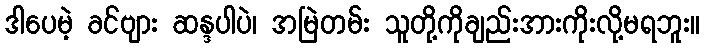
ဒါပေမဲ့ ခင်ဗျား ဆန္ဒပါပဲ၊ အမြဲတမ်း သူတို့ကိုချည်းအားကိုးလို့မရဘူး။